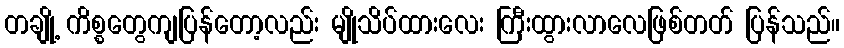
တချို့ ကိစ္စတွေကျပြန်တော့လည်း မျိုသိပ်ထားလေး ကြီးထွားလာလေဖြစ်တတ် ပြန်သည်။